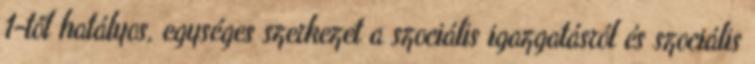
1-től hatályos, egységes szerkezet a szociális igazgatásról és szociális